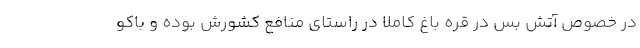
در خصوص آتش بس در قره باغ کاملا در راستای منافع کشورش بوده و باکو